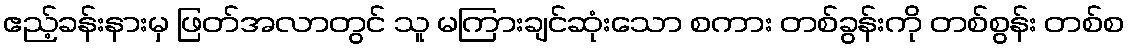
ဧည့်ခန်းနားမှ ဖြတ်အလာတွင် သူ မကြားချင်ဆုံးသော စကား တစ်ခွန်းကို တစ်စွန်း တစ်စ